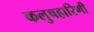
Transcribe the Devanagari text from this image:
कलुषहारिणी